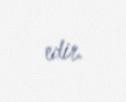
edir.